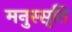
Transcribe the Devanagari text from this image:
मनुस्सृति